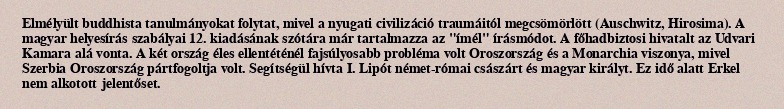
Elmélyült buddhista tanulmányokat folytat, mivel a nyugati civilizáció traumáitól megcsömörlött (Auschwitz, Hirosima). A magyar helyesírás szabályai 12. kiadásának szótára már tartalmazza az "ímél" írásmódot. A főhadbiztosi hivatalt az Udvari Kamara alá vonta. A két ország éles ellentéténél fajsúlyosabb probléma volt Oroszország és a Monarchia viszonya, mivel Szerbia Oroszország pártfogoltja volt. Segítségül hívta I. Lipót német-római császárt és magyar királyt. Ez idő alatt Erkel nem alkotott jelentőset.